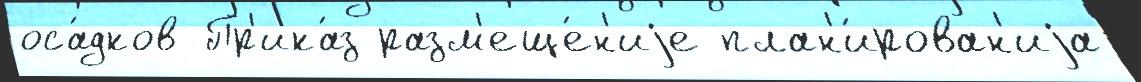
оса́дков Пр'ика́з разм'еще́н'иjе план'и́рован'иjа